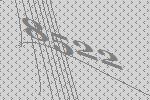
8522